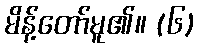
မိန့်တော်မူ၏။ (၆)